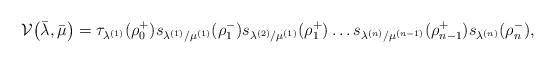
LaTeX: \begin{align*}\mathcal{V} \big(\bar \lambda, \bar \mu\big) = \tau_{\lambda^{(1)}}(\rho_{0}^+)s_{\lambda^{(1)}/\mu^{(1)}}(\rho_1^-)s_{\lambda^{(2)}/\mu^{(1)}}(\rho_1^+) \dots s_{\lambda^{(n)}/\mu^{(n-1)}}(\rho_{n-1}^+)s_{\lambda^{(n)}}(\rho_n^-),\end{align*}